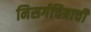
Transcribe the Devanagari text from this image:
निसर्गचित्राची